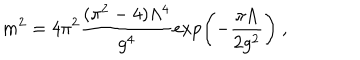
{ m ^ { 2 } = { 4 \pi ^ { 2 } } \frac { ( \pi ^ { 2 } - 4 ) \Lambda ^ { 4 } } { g ^ { 4 } } \exp \left( - \frac { \pi \Lambda } { 2 g ^ { 2 } } \right) } \ ,